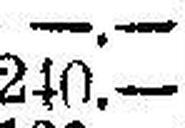
240.—